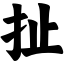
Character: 扯